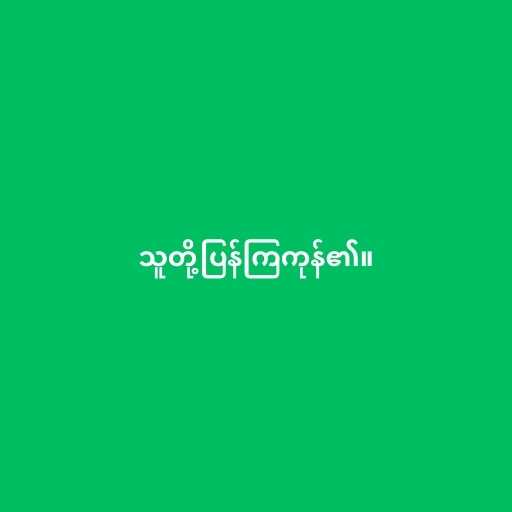
သူတို့ပြန်ကြကုန်၏။